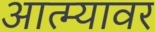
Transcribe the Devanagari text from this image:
आत्म्यावर